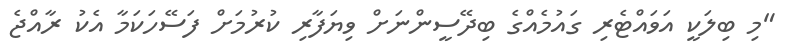
"މި ބިލަކީ އަވައްޓެރި ގައުމެއްގެ ބިދޭސީންނަށް ވިޔަފާރި ކުރުމަށް ފަސޭހަކަމާ އެކު ރާއްޖެ